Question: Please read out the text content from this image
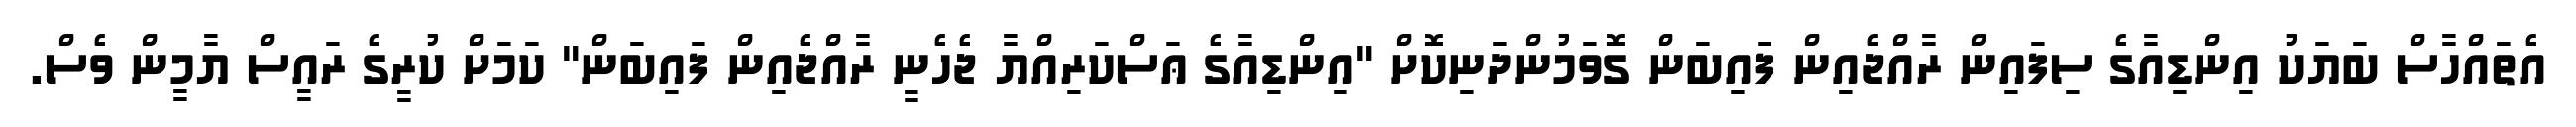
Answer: އެތައްހާސް ބަޔަކު އިންޑިއާގެ ސިފައިން ރާއްޖެއިން ފައިބަން ގޮވަމުންދަނިކޮށް "އިންޑިއާގެ ޢަސްކަރިއްޔާ ޖެހެނީ ރާއްޖެއިން ފައިބަން" ކަމަށް ކުރީގެ ރައީސް ޔާމީން ވެސް.